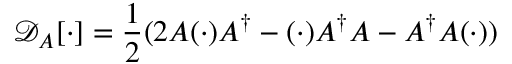
\mathcal { D } _ { A } [ \cdot ] = \frac { 1 } { 2 } ( 2 A ( \cdot ) A ^ { \dagger } - ( \cdot ) A ^ { \dagger } A - A ^ { \dagger } A ( \cdot ) )